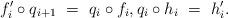
LaTeX: \begin{align*} f'_i \circ q_{i+1} \ = \ q_i \circ f_i, q_i \circ h_i \ = \ h_i'. \end{align*}